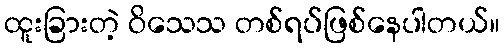
ထူးခြားတဲ့ ဝိသေသ တစ်ရပ်ဖြစ်နေပါတယ်။